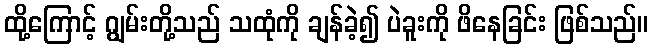
ထို့ကြောင့် ဂျွမ်းတို့သည် သထုံကို ချန်ခဲ့၍ ပဲခူးကို ဖိနေခြင်း ဖြစ်သည်။